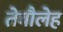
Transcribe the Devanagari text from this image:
तेबौलेह